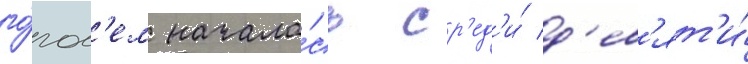
го́гол'ем начала́сь ср'ед'и́ д'ев'ят'и́